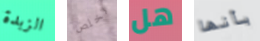
الزبدة تخلص هل بأنها